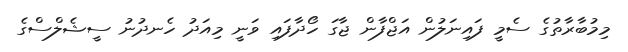
މިމުބާރާތުގެ ސެމީ ފައިނަލުން އަޖްފާން ޖާގަ ހޯދާފައި ވަނީ މިއަދު ހެނދުނު ސީޝެލްސްގެ